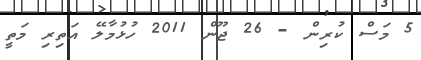
5 މަސް ކުރިން - 26 ޖޫން 2011 ހުޅުމާލޭ އަތިރި މަތީ